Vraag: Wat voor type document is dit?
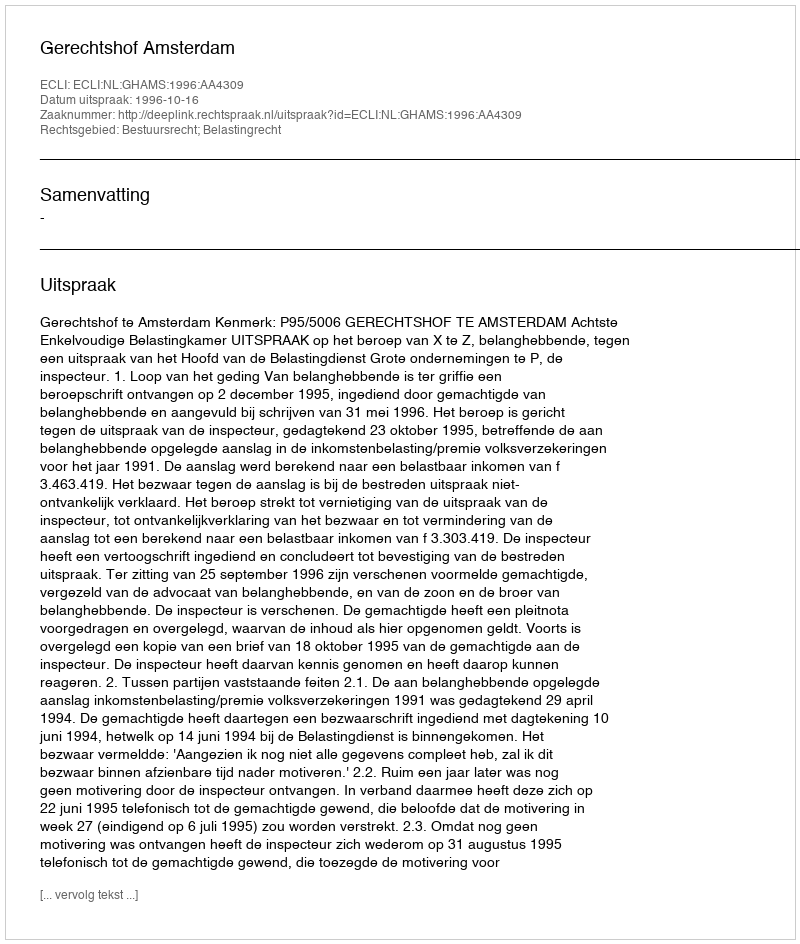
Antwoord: Uitspraak